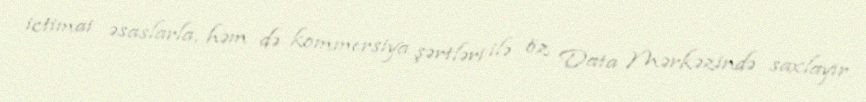
ictimai əsaslarla, həm də kommersiya şərtləri ilə öz Data Mərkəzində saxlayır.